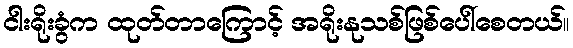
ငါးရိုးခွံက ထုတ်တာကြောင့် အရိုးနုသစ်ဖြစ်ပေါ်စေတယ်။